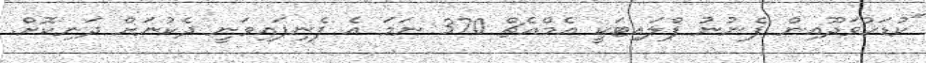
"ކުޑަހުވަދޫއިން ފެނުނު ފްލައިޓަކީ އެމްއެޗް 370 ނަމަ އެ ފެނިފައިވަނީ ދެކުނަށް ދަނިކޮށް.